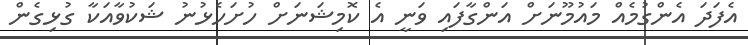
އެފަދަ އެންގުމެއް މައުމޫނަށް އަންގާފައި ވަނީ އެ ކޮމިޝަނަށް ހުށަހެޅުނު ޝަކުވާއަކާ ގުޅިގެން